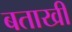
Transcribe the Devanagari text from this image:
बताखी